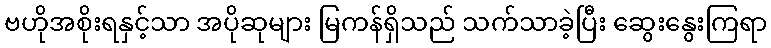
ဗဟိုအစိုးရနှင့်သာ အပိုဆုများ မြကန်ရှိသည် သက်သာခဲ့ပြီး ဆွေးနွေးကြရာ